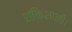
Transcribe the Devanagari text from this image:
शक्तिशाली।